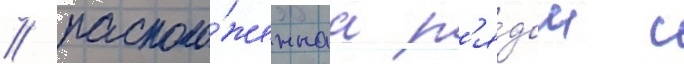
/ располо́женнаа р'я́дом с